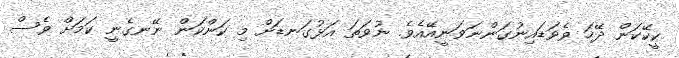
ކީކޭކަން ދޭހަ ވެވަޑައިނުގަންނަވަނީއޭއެވެ. ނުވަތަ އަޅުގަނޑަށް މި ކަންކަން ނޭނގެނީ ކަމަށް ވެސް